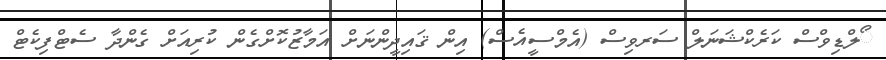
ޯލްޑިވްސް ކަރެކްޝަނަލް ސަރވިސް (އެމްސީއެސް) އިން ޤައިދީންނަށް އަމާޒުކޮށްގެން ކުރިއަށް ގެންދާ ސެޓްފިކެޓް